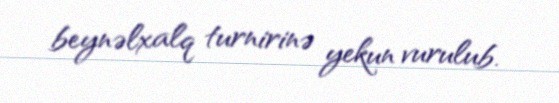
beynəlxalq turnirinə yekun vurulub.